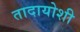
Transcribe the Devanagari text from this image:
तादायोशी